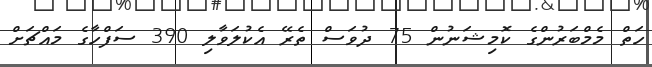
ހަތް މެމްބަރުންގެ ކޮމިޝަނުން 75 ދުވަސް ތެރޭ އެކުލަވާލި 390 ސަފްހާގެ މައްޗަށް